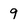
Character: 9